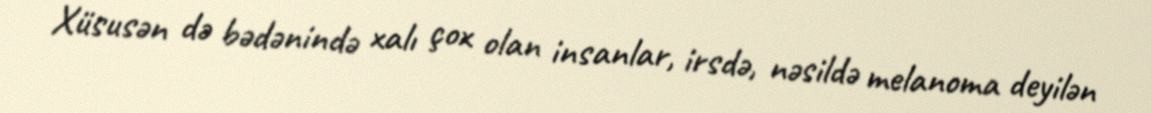
Xüsusən də bədənində xalı çox olan insanlar, irsdə, nəsildə melanoma deyilən